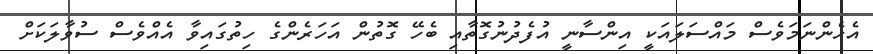
އެހެންނަމަވެސް މައްސަލައަކީ އިންސާނީ އުފެދުނުގޮތާއި ބެހޭ ގޮތުން އަހަރެންގެ ހިތުގައިވާ އެއްވެސް ސުވާލަކަށް